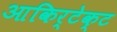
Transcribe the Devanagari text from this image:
आकिर्टेक्ट